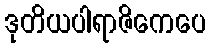
ဒုတိယပါရာဇိကေပေ